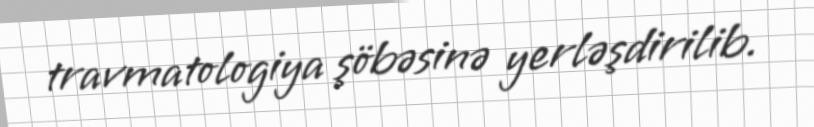
travmatologiya şöbəsinə yerləşdirilib.